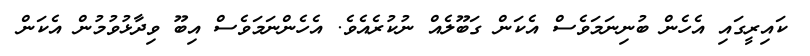
ކައިރީގައި އެހެން ބުނިނަމަވެސް އެކަން ގަބޫލެއް ނުކުރެއެވެ. އެހެންނަމަވެސް އިބޫ ވިދާޅުވުމުން އެކަން